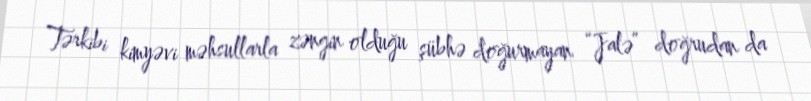
Tərkibi kimyəvi məhsullarla zəngin olduğu şübhə doğurmayan “Jalə” doğrudan da